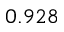
0 . 9 2 8